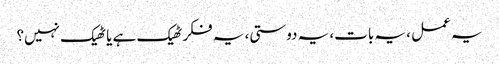
یہ عمل ، یہ بات، یہ دوستی، یہ فکر ٹھیک ہے یا ٹھیک نہیں؟